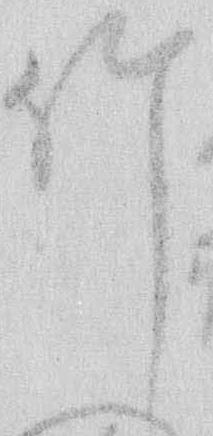
竹